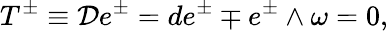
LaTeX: T^{\pm}\equiv{\cal D}e^{\pm}=de^{\pm}\mp e^{\pm}\wedge\omega=0,